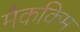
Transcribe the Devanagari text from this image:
मैककिम